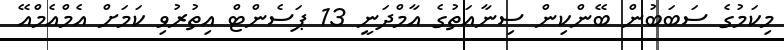
މިކަމުގެ ސަބަބުން ބޭންކިން ސިނާއަތުގެ އާމްދަނީ 13 ޕަސެންޓް އިތުރުވި ކަމަށް އެމްއެމްއޭ